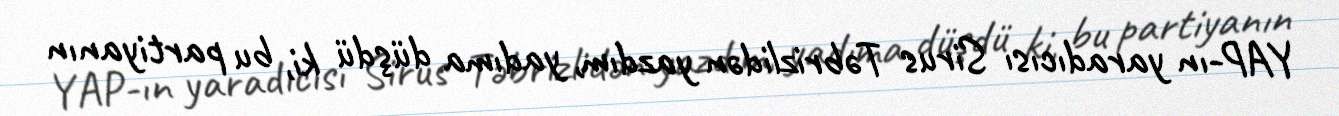
YAP-ın yaradıcısı Sirus Təbrizlidən yazdım, yadıma düşdü ki, bu partiyanın